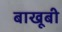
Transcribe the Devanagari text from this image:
बाखूबी